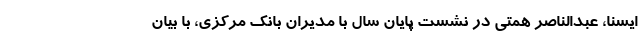
ایسنا، عبدالناصر همتی در نشست پایان سال با مدیران بانک مرکزی، با بیان